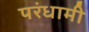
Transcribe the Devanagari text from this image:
परंधामी